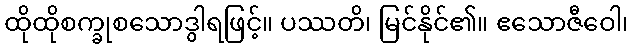
ထိုထိုစက္ခုစသောဒွါရဖြင့်။ ပဿတိ၊ မြင်နိုင်၏။ ဧသောဇီဝေါ၊